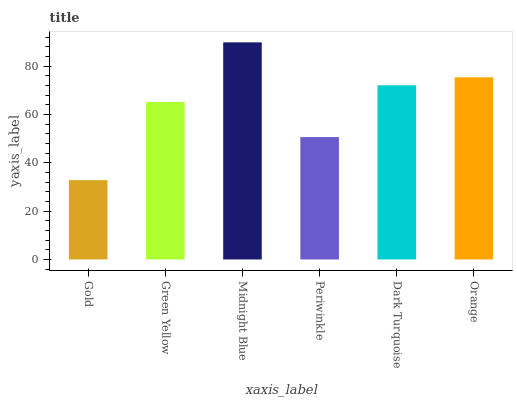
| xaxis_label | bars |
 | --- | --- |
 | Gold | 32.8 |
 | Green Yellow | 65.2 |
 | Midnight Blue | 89.9 |
 | Periwinkle | 50.7 |
 | Dark Turquoise | 72.1 |
 | Orange | 75.4 |